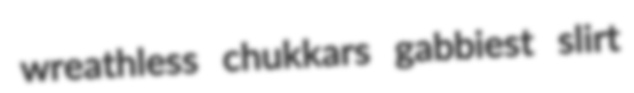
wreathless chukkars gabbiest slirt